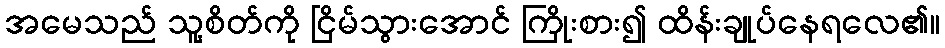
အမေသည် သူ့စိတ်ကို ငြိမ်သွားအောင် ကြိုးစား၍ ထိန်းချုပ်နေရလေ၏။